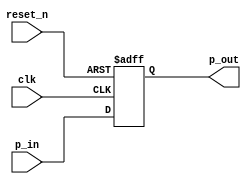
`timescale 1ns / 1ps
module pipo(p_in, clk, reset_n, p_out);
    input [3:0] p_in;
    input clk, reset_n;
    output wire [3:0] p_out;
    
    reg [3:0] mem;
    always @(posedge clk, negedge reset_n)
    begin
        if(reset_n == 0)
            mem <= 0;
        else
            mem <= p_in;
    end
    
    assign p_out = mem;
endmodule